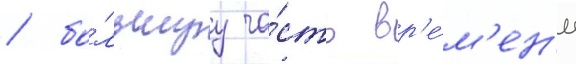
/ бо́льшуу ча́сть вр'е́м'ен'и